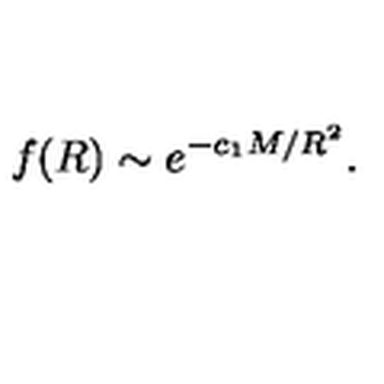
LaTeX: f ( R ) \sim e ^ { - c _ { 1 } M / R ^ { 2 } } .